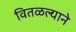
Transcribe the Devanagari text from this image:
वितळल्याने